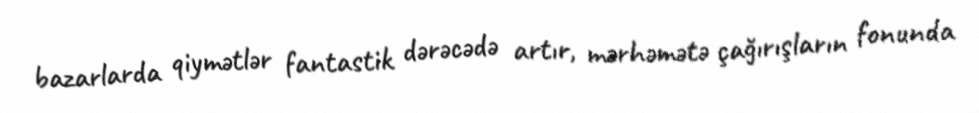
bazarlarda qiymətlər fantastik dərəcədə artır, mərhəmətə çağırışların fonunda